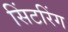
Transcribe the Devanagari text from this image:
सिंटरिंग